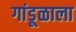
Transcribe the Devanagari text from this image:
गांडूळाला